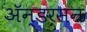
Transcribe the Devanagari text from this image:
ॲन्डरसन